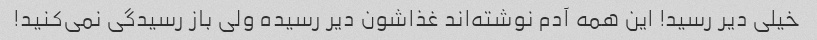
خیلی دیر رسید! این همه آدم نوشته‌اند غذاشون دیر رسیده ولی باز رسیدگی نمی‌کنید!